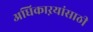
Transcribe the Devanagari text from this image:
अधिकाऱयांसाठी